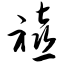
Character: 禧